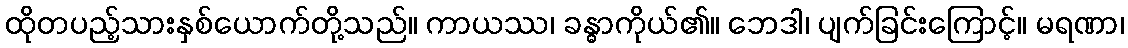
ထိုတပည့်သားနှစ်ယောက်တို့သည်။ ကာယဿ၊ ခန္ဓာကိုယ်၏။ ဘေဒါ၊ ပျက်ခြင်းကြောင့်။ မရဏာ၊